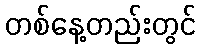
တစ်နေ့တည်းတွင်